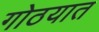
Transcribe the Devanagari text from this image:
गोठयात